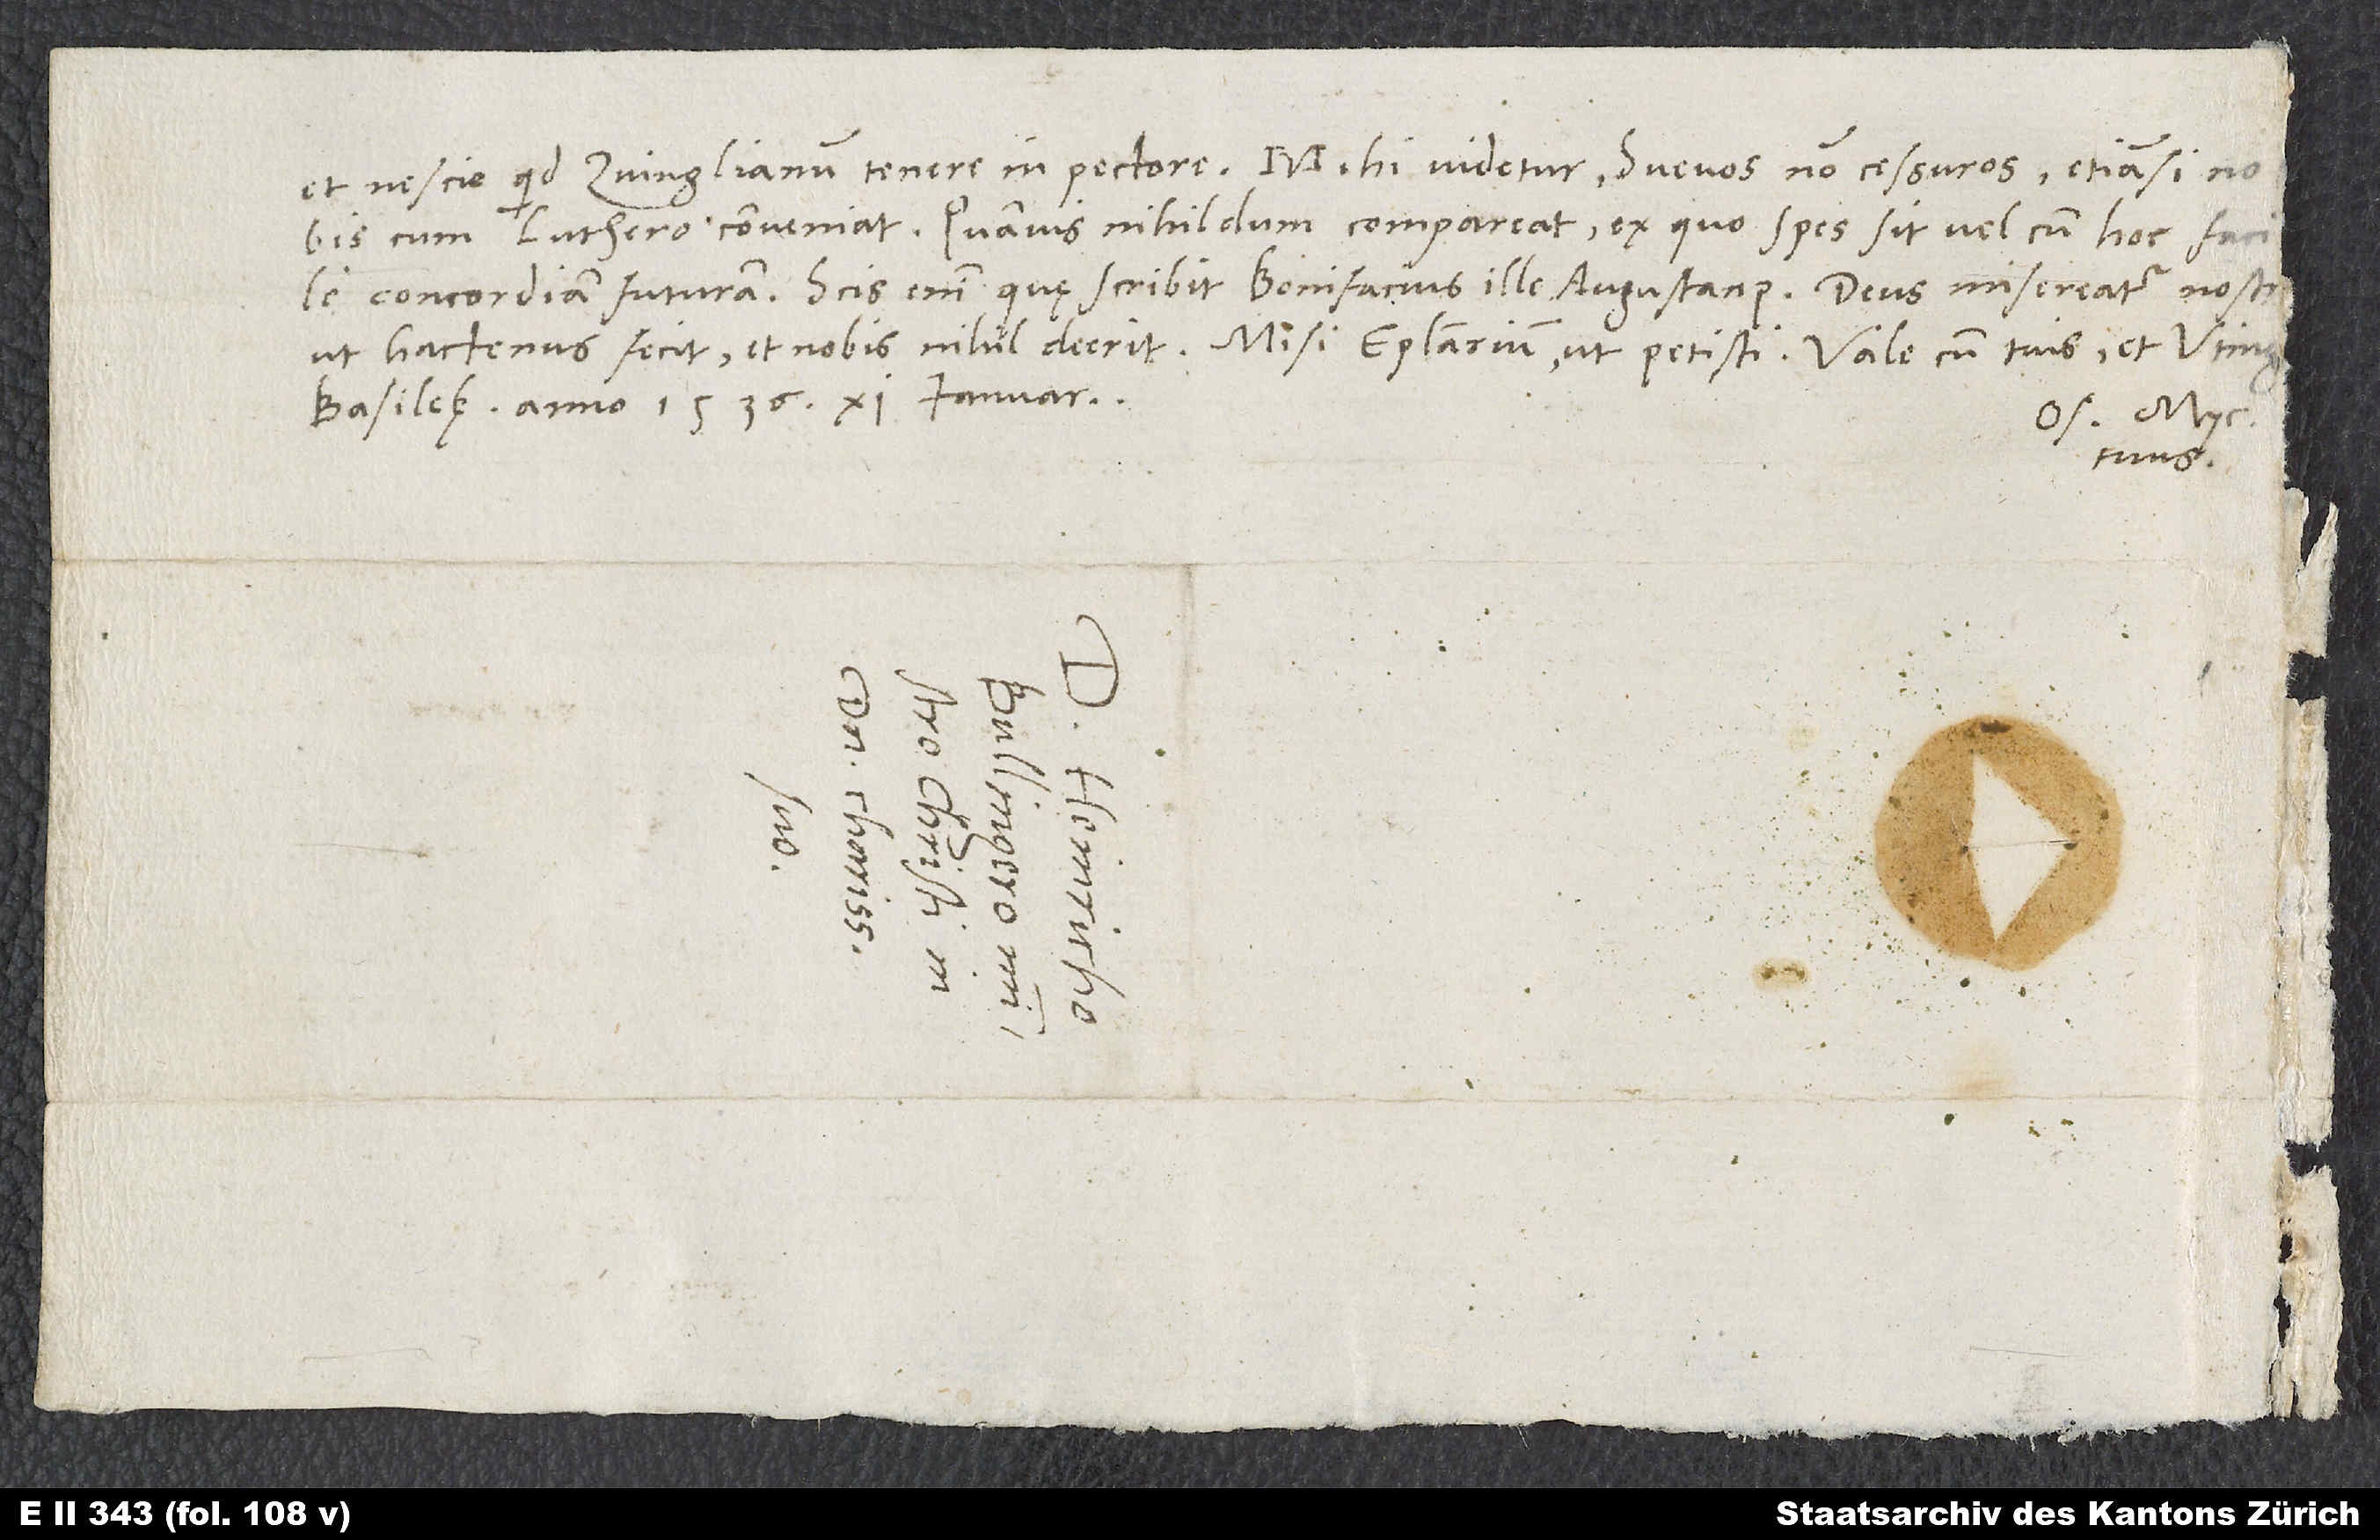
et nescio quid Zvinglianum tenere in pectore. Mihi videtur Svevos non cessuros, etiamsi nobis
cum Luthero conveniat, quamvis nihildum compareat, ex quo spes sit vel cum hoc facile
concordiam futuram. Scis enim, quę scribit Bonifacius ille Augustanus. Deus misereatur nostri,
Basileę, anno 1536, 11. ianuarii.
Os. Myc.
tuus.
S.